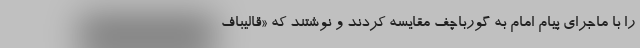
را با ماجرای پیام امام به گورباچف مقایسه کردند و نوشتند که «قالیباف